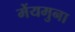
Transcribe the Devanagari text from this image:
मेंयमुना